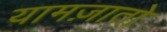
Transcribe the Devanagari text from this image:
यामज़ातो